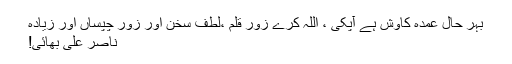
بہر حال عمدہ کاوش ہے آپکی ، اللہ کرے زورِ قلم ،لطفِ سخن اور زور چپساں اور زیادہ
ناصر علی بھائی!